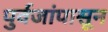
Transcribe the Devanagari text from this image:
पुर्वजांपासून